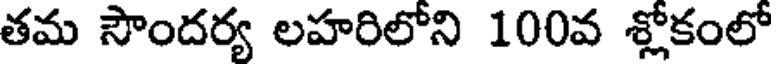
తమ సౌందర్య లహరిలోని 100వ శ్లోకంలో